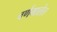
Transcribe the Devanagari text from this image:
वर्णमालेत